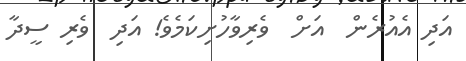
އަދި އެއުރެން  އަށް  ވެރިވާހުށިކަމެވެ! އަދި  ވެރި ސީދާ